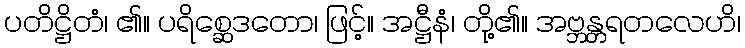
ပတိဋ္ဌိတံ၊ ၏။ ပရိစ္ဆေဒတော၊ ဖြင့်။ အဋ္ဌီနံ၊ တို့၏။ အဗ္ဘန္တရတလေဟိ၊